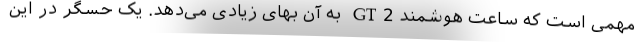
مهمی است که ساعت هوشمند GT2 به آن بهای زیادی می‌دهد. یک حسگر در این